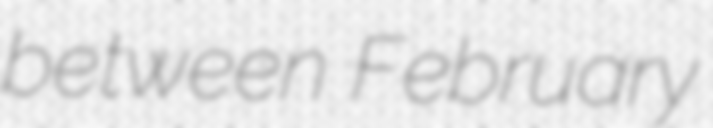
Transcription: between February